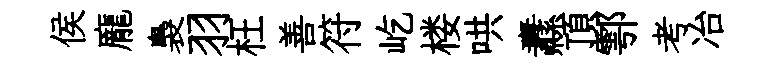
侯龐裊羽枉善符屹楼哄纛頂鄠考冶